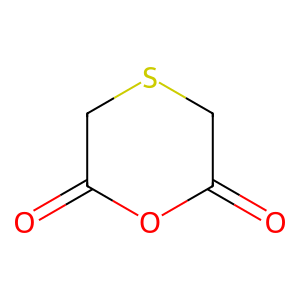
SMILES: O=C1CSCC(=O)O1
Inhibits HIV replication: No